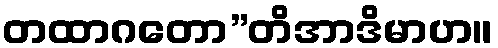
တထာဂတော”တိအာဒိမာဟ။